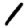
Digit: 1